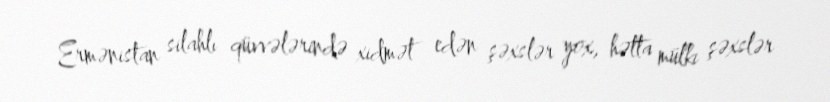
Ermənistan silahlı qüvvələrində xidmət edən şəxslər yox, hətta mülki şəxslər